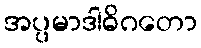
အပ္ပမာဒါဓိဂတော